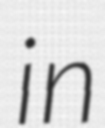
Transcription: in